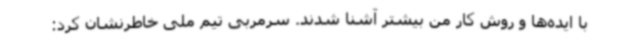
با ایده‌ها و روش کار من بیشتر آشنا شدند. سرمربی تیم ملی خاطرنشان کرد: